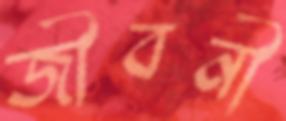
জীবনী